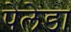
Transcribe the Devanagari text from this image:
पेलेडा